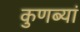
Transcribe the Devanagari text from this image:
कुणब्यां